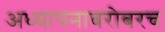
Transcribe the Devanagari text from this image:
अध्‍यापनाबरोबरच